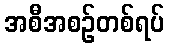
အစီအစဉ်တစ်ရပ်